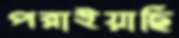
পরাইয়াছি